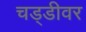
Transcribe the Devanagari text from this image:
चड्डीवर